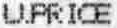
U.PRICE